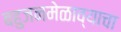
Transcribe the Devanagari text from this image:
बहुजनमेळाव्याचा